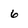
Character: 6